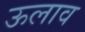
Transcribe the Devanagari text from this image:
ऊलाव